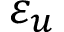
\varepsilon _ { u }